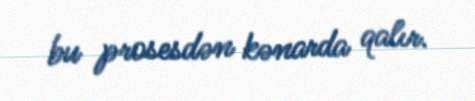
bu prosesdən kənarda qalır.